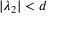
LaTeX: | \lambda _ { 2 } | < d